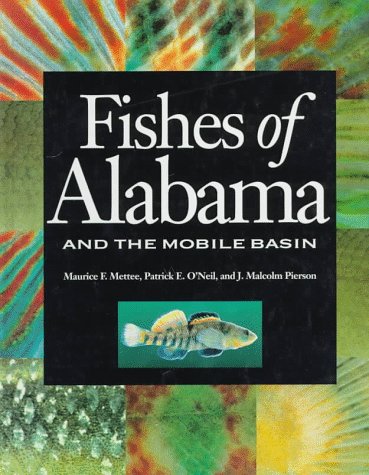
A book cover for Fishes of Alabama and the Mobile Basin; Maurice F. Mettee; Sports & Outdoors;